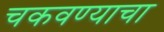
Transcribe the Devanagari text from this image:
चकवण्याचा